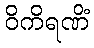
ဝိကိရဏိံ